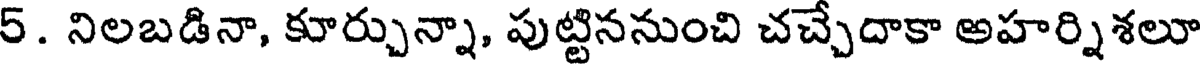
5. నిలబడినా, కూర్చున్నా, పుట్టిననుంచి చచ్చేదాకా అహర్నిశలూ